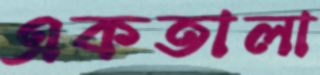
একতালা